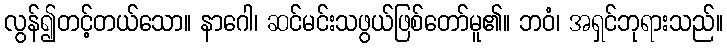
လွန်၍တင့်တယ်သော။ နာဂေါ၊ ဆင်မင်းသဖွယ်ဖြစ်တော်မူ၏။ ဘဝံ၊ အရှင်ဘုရားသည်။